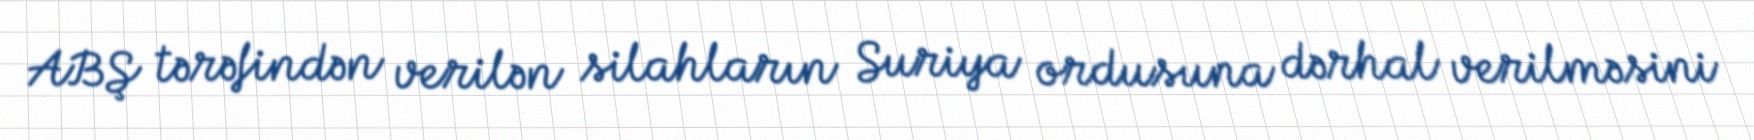
ABŞ tərəfindən verilən silahların Suriya ordusuna dərhal verilməsini